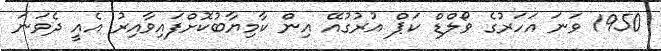
1950 ވަނަ އަހަރުގެ ވޯލްޑް ކަޕް އުރުގުއޭ އިން ކާމިޔާބުކޮށްފައިވާއިރު އެއީ ދެވަނަ